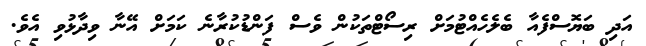
އަދި ބަޔޮސްފެއާ ބެލެހެއްޓުމަށް ރިސޯޓްތަކުން ވެސް ފަންޑުކުރާނެ ކަމަށް އޭނާ ވިދާޅުވި އެވެ.